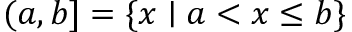
( a , b ] = \{ x \mid a < x \leq b \}